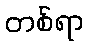
တစ်ရာ